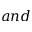
a n d